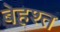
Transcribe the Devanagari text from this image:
बेहश्त